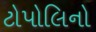
ટોપોલિનો